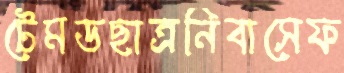
টেমডছাত্রনিবাসেফ